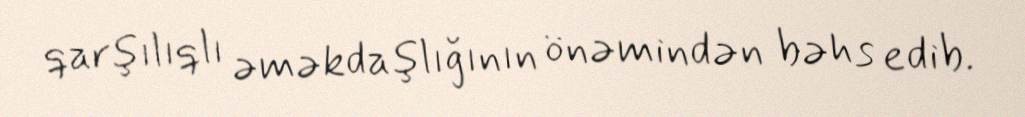
qarşılıqlı əməkdaşlığının önəmindən bəhs edib.